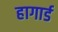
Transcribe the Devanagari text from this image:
हागार्ड